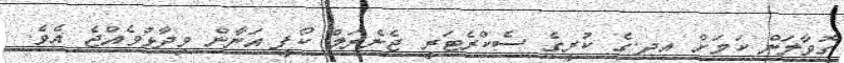
ގޮވާލަން ކަމަށް އދ.ގެ ކުރީގެ ސެކްރެޓަރީ ޖެނެރަލް ކޯފީ އަނާން ވިދާޅުވެއްޖެ އެވެ.